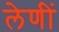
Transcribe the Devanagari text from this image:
लेणीं